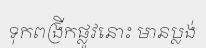
ទុកពង្រីកផ្លូវនោះ មានប្លង់